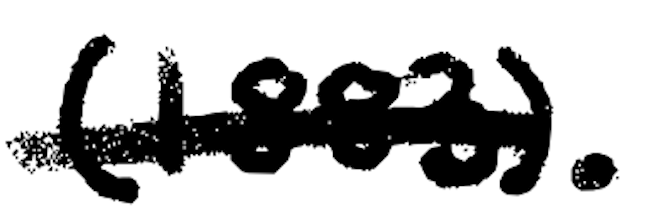
Text: (1883).
Cross-out: single-line
Writing tool: digital_black